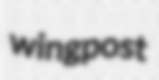
wingpost